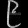
Digit: ၉